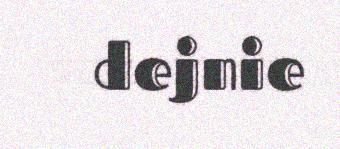
dejnie